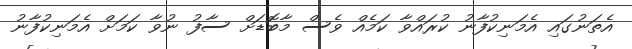
އެތަނުގައި އެމަނިކުފާނު ކުރައްވާ ކަމެއް ވެސް މާބޮޑަށް ސާފު ނުވާ ކަމަށް އެމަނިކުފާނު